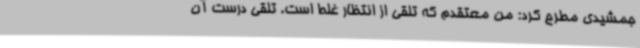
جمشیدی مطرح کرد: من معتقدم که تلقی از انتظار غلط است. تلقی درست آن